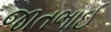
જાતભાઈ